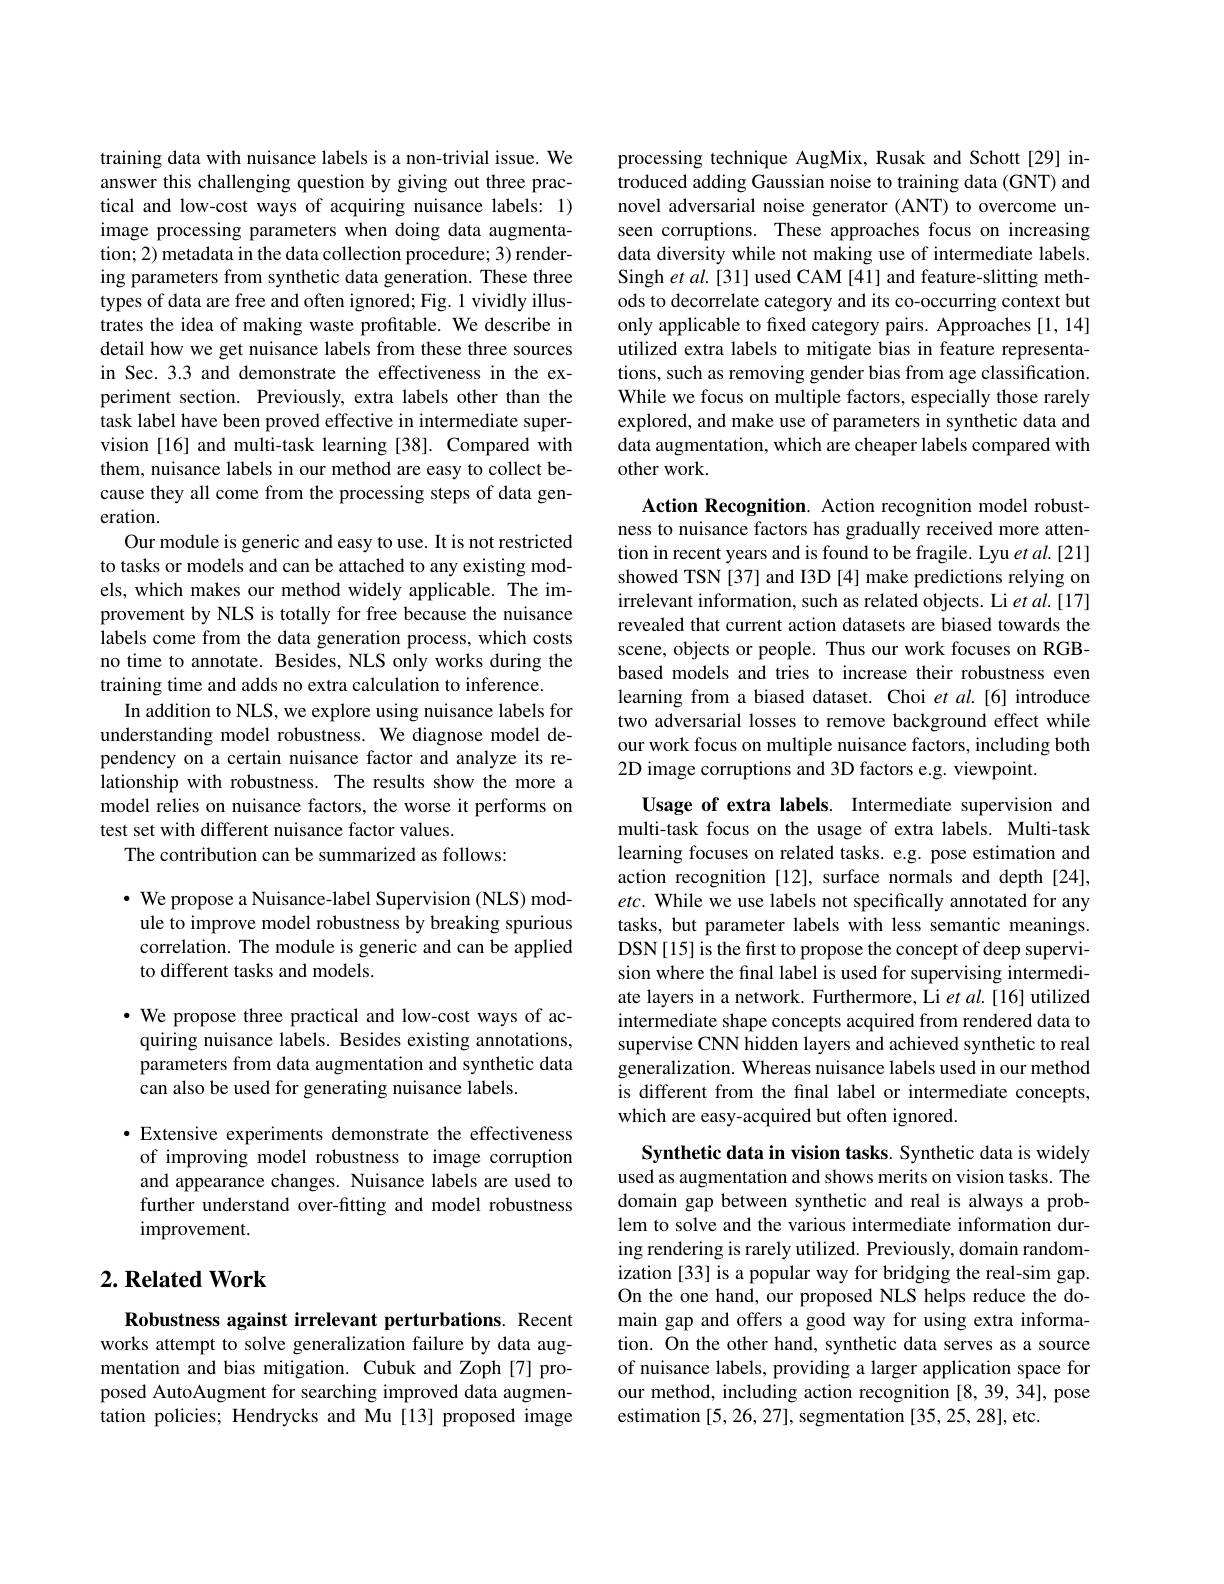
training data with nuisance labels is a non-trivial issue. We answer this challenging question by giving out three practical and low-cost ways of acquiring nuisance labels: 1) image processing parameters when doing data augmentation; 2) metadata in the data collection procedure; 3) rendering parameters from synthetic data generation. These three types of data are free and often ignored; Fig. 1 vividly illustrates the idea of making waste profitable. We describe in detail how we get nuisance labels from these three sources in Sec. 3.3 and demonstrate the effectiveness in the experiment section. Previously, extra labels other than the task label have been proved effective in intermediate supervision [16] and multi-task learning [38]. Compared with them, nuisance labels in our method are easy to collect because they all come from the processing steps of data generation.
Our module is generic and easy to use. It is not restricted to tasks or models and can be attached to any existing models, which makes our method widely applicable. The improvement by NLS is totally for free because the nuisance labels come from the data generation process, which costs no time to annotate. Besides, NLS only works during the training time and adds no extra calculation to inference.
In addition to NLS, we explore using nuisance labels for understanding model robustness. We diagnose model dependency on a certain nuisance factor and analyze its relationship with robustness. The results show the more a model relies on nuisance factors, the worse it performs on test set with different nuisance factor values.
The contribution can be summarized as follows:

$\cdot$ We propose a Nuisance-label Supervision (NLS) module to improve model robustness by breaking spurious correlation. The module is generic and can be applied to different tasks and models.

·We propose three practical and low-cost ways of ac-
quiring nuisance labels. Besides existing annotations, parameters from data augmentation and synthetic data can also be used for generating nuisance labels.

·Extensive experiments demonstrate the effectiveness
of improving model robustness to image corruption and appearance changes. Nuisance labels are used to further understand over-fitting and model robustness improvement.

## $2. \textbf{Related Work}$

Robustness against irrelevant perturbations. Recent works attempt to solve generalization failure by data augmentation and bias mitigation. Cubuk and Zoph [7] proposed AutoAugment for searching improved data augmentation policies; Hendrycks and Mu[13] proposed image

processing technique AugMix, Rusak and Schott [29] introduced adding Gaussian noise to training data (GNT) and novel adversarial noise generator (ANT) to overcome unseen corruptions. These approaches focus on increasing data diversity while not making use of intermediate labels. Singh et al. [31] used CAM [41] and feature-slitting methods to decorrelate category and its co-occurring context but only applicable to fixed category pairs. Approaches [1, 14] utilized extra labels to mitigate bias in feature representations, such as removing gender bias from age classification. While we focus on multiple factors, especially those rarely explored, and make use of parameters in synthetic data and data augmentation, which are cheaper labels compared with other work

Action Recognition. Action recognition model robustness to nuisance factors has gradually received more attention in recent years and is found to be fragile. Lyu et al.[21] showed TSN[37] and I3D [4] make predictions relying on irrelevant information, such as related objects. Li et al.[17] revealed that current action datasets are biased towards the scene, objects or people. Thus our work focuses on RGBbased models and tries to increase their robustness even learning from a biased dataset. Choi et al.[6] introduce two adversarial losses to remove background effect while our work focus on multiple nuisance factors, including both 2D image corruptions and 3D factors e.g. viewpoint.

Usage of extra labels. Intermediate supervision and multi-task focus on the usage of extra labels. Multi-task learning focuses on related tasks. e.g. pose estimation and action recognition [12], surface normals and depth [24], $etc.$ While we use labels not specifically annotated for any tasks, but parameter labels with less semantic meanings. DSN[15] is the first to propose the concept of deep supervision where the final label is used for supervising intermediate layers in a network. Furthermore, Li $etal.[16]$ utilized intermediate shape concepts acquired from rendered data to supervise CNN hidden layers and achieved synthetic to real generalization. Whereas nuisance labels used in our method is different from the final label or intermediate concepts, which are easy-acquired but often ignored.

Synthetic data in vision tasks. Synthetic data is widely used as augmentation and shows merits on vision tasks. The domain gap between synthetic and real is always a problem to solve and the various intermediate information during rendering is rarely utilized. Previously, domain randomization [33] is a popular way for bridging the real-sim gap. On the one hand, our proposed NLS helps reduce the domain gap and offers a good way for using extra information. On the other hand, synthetic data serves as a source of nuisance labels, providing a larger application space for our method, including action recognition [8,39,34], pose estimation [5, 26, 27], segmentation [35, 25, 28], etc.